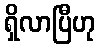
ရှိလာပြီဟု